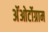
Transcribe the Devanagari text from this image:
अॅओर्टोग्राम